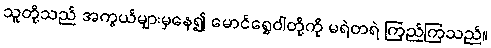
သူတို့သည် အကွယ်များမှနေ၍ မောင်ရွှေဝါတို့ကို မရဲတရဲ ကြည့်ကြသည်။